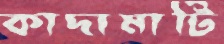
কাদামাটি